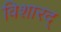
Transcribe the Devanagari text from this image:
विशारद्